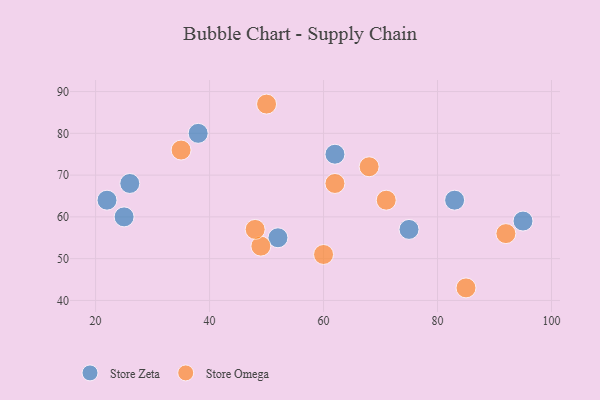
{"axis": {"x": "GDP", "y": "Life Expectancy"}, "legend": ["Store Omega", "Store Zeta"], "data": [{"x": "95", "y": 59, "type": "Store Zeta"}, {"x": "52", "y": 55, "type": "Store Zeta"}, {"x": "38", "y": 80, "type": "Store Zeta"}, {"x": "22", "y": 64, "type": "Store Zeta"}, {"x": "62", "y": 75, "type": "Store Zeta"}, {"x": "25", "y": 60, "type": "Store Zeta"}, {"x": "83", "y": 64, "type": "Store Zeta"}, {"x": "75", "y": 57, "type": "Store Zeta"}, {"x": "26", "y": 68, "type": "Store Zeta"}, {"x": "85", "y": 43, "type": "Store Omega"}, {"x": "49", "y": 53, "type": "Store Omega"}, {"x": "92", "y": 56, "type": "Store Omega"}, {"x": "50", "y": 87, "type": "Store Omega"}, {"x": "48", "y": 57, "type": "Store Omega"}, {"x": "68", "y": 72, "type": "Store Omega"}, {"x": "62", "y": 68, "type": "Store Omega"}, {"x": "60", "y": 51, "type": "Store Omega"}, {"x": "35", "y": 76, "type": "Store Omega"}, {"x": "71", "y": 64, "type": "Store Omega"}]}